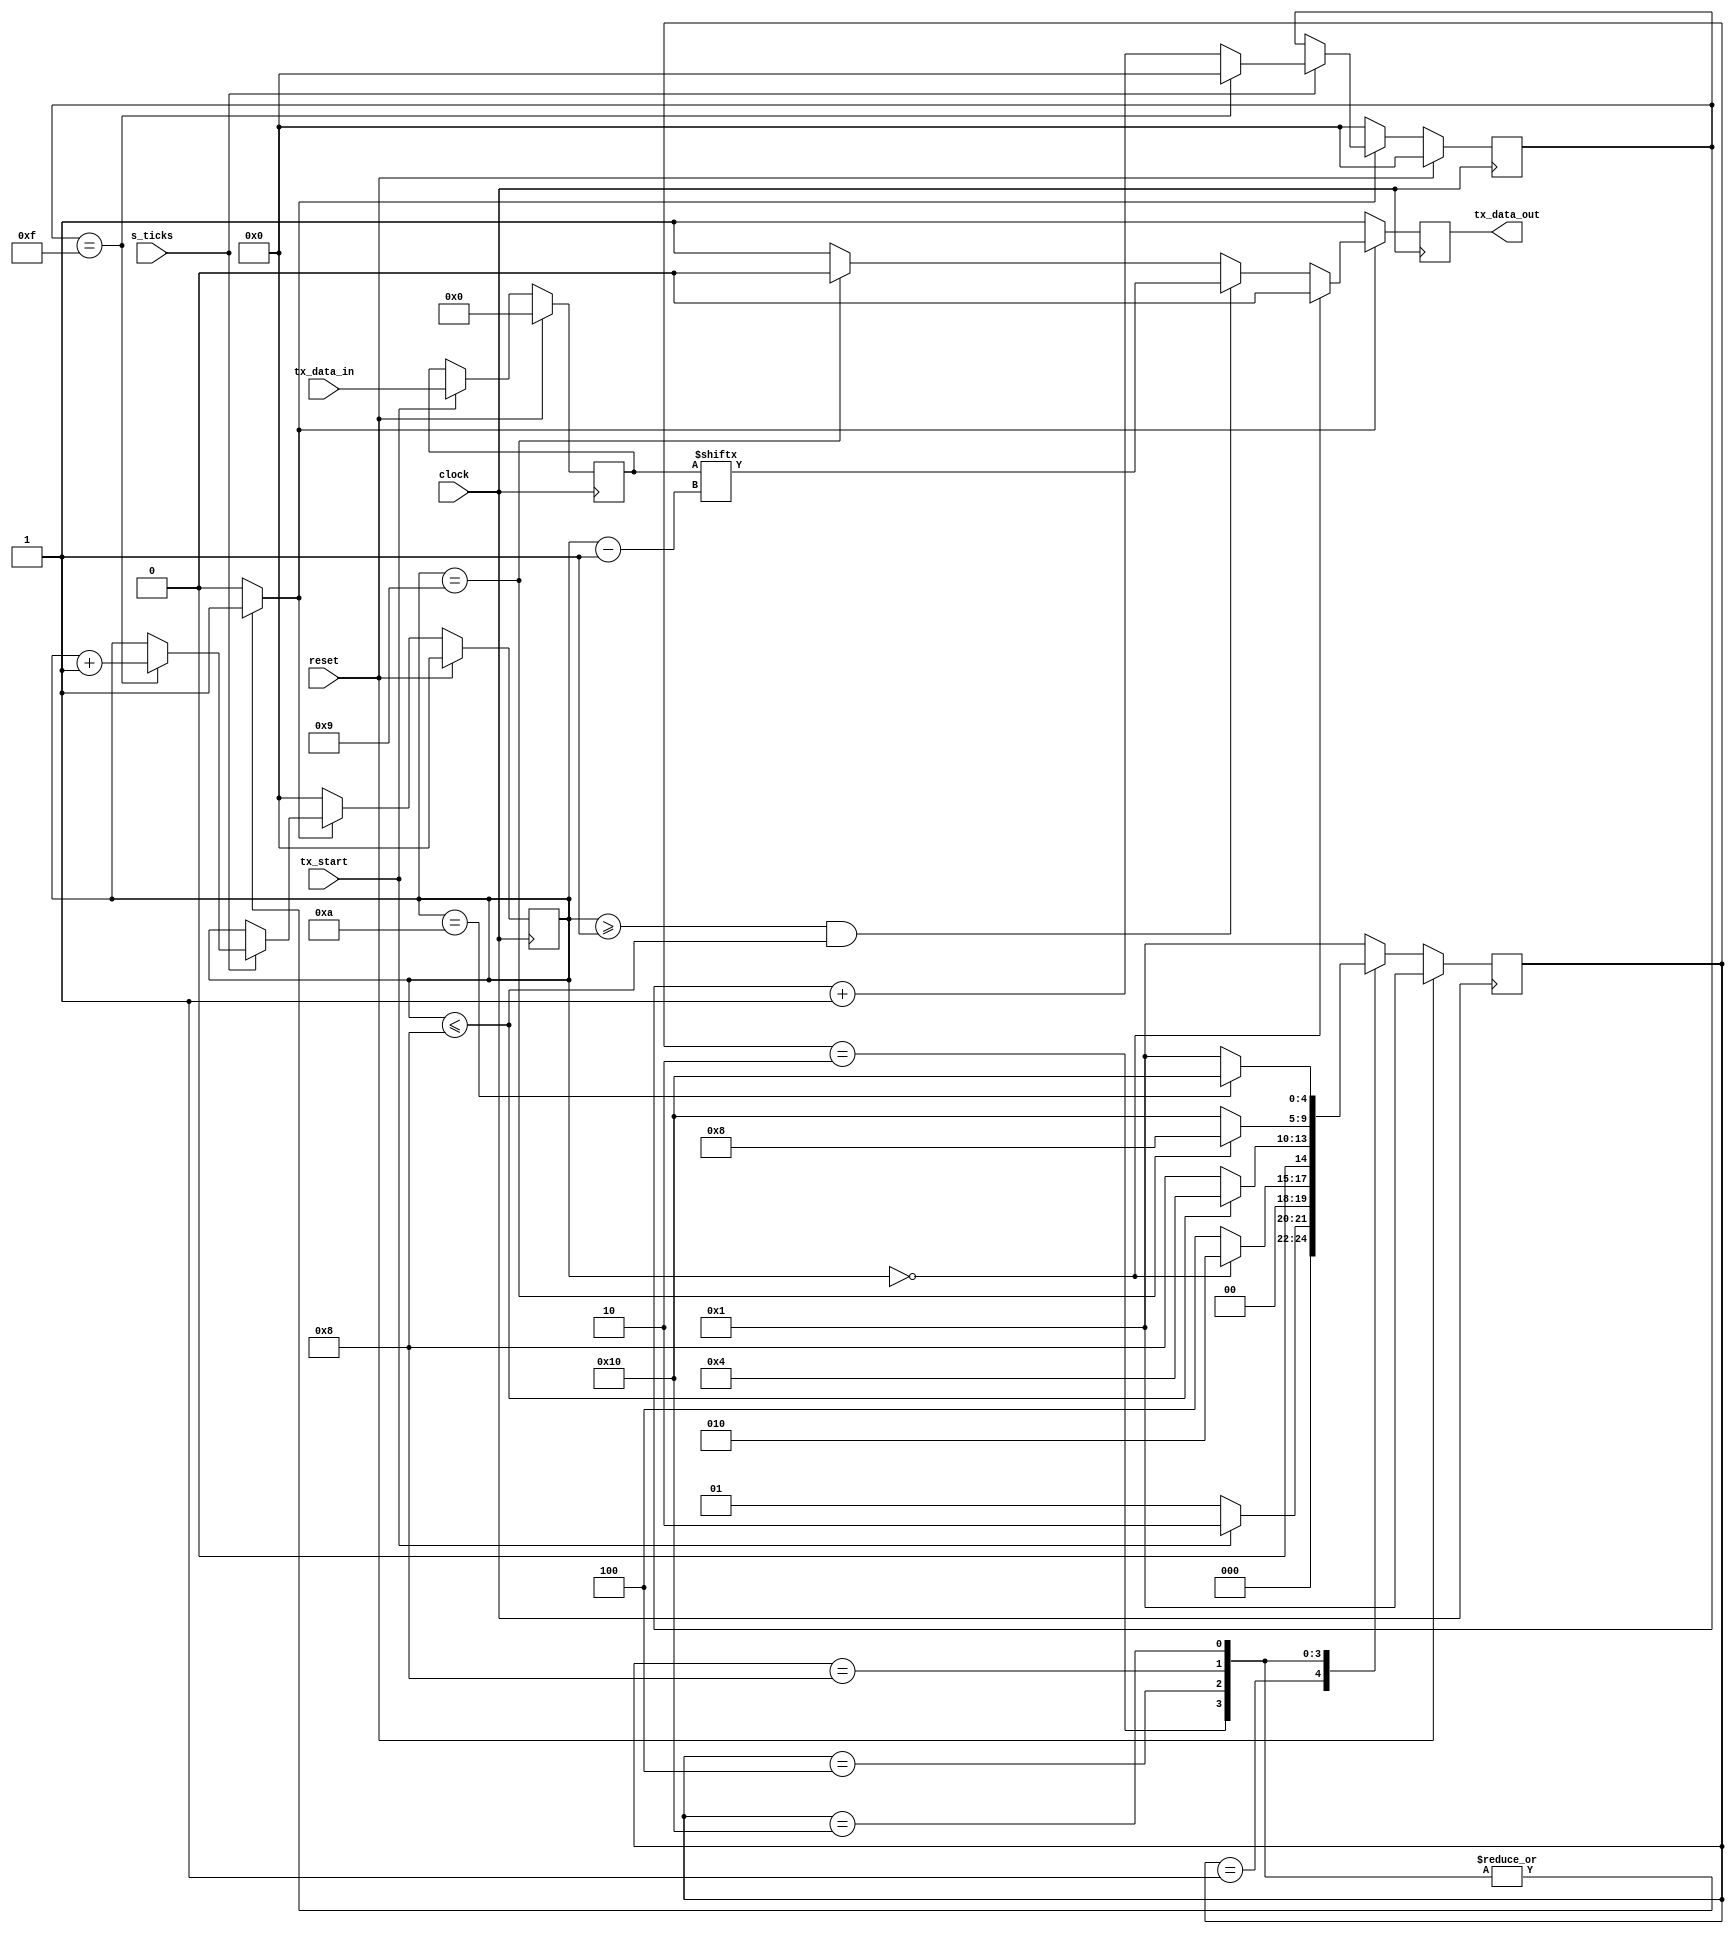
`timescale 10ns / 1ps
module tx
	#(
		parameter N_BITS_DATA  = 8,
		parameter N_CONT_TICKS = 4,
		parameter N_BITS_STATE = 5
	)
	(
		input wire s_ticks,
		input wire tx_start,
		input wire clock,
		input wire reset,
		input wire [N_BITS_DATA-1:0] tx_data_in,
		output wire tx_data_out					
	);
	
	localparam COUNT_READ_DATA = 16;

	localparam BIT_START    = 4'd0;
	localparam BIT_DATA     = 4'd8;
	localparam BIT_PARITY   = 4'd9;
	localparam BIT_STOP     = 4'd10;

	localparam 	[N_BITS_STATE-1:0]          Idle   =  5'b00001;
	localparam 	[N_BITS_STATE-1:0]			Start  =  5'b00010;
	localparam 	[N_BITS_STATE-1:0]			Data   =  5'b00100;
	localparam	[N_BITS_STATE-1:0]			Parity =  5'b01000;
	localparam	[N_BITS_STATE-1:0]			Stop   =  5'b10000;
		
	reg [N_CONT_TICKS-1:0] count_ticks;
	reg [N_CONT_TICKS-1:0] count_bit;
    reg tx_reg_out, tx_flag;
	reg [N_BITS_STATE-1:0] state, next_state;
	reg [N_BITS_DATA-1:0] shift_reg;	


	/* guardado del dato de entrada para enviarlo */
	always @(posedge clock) 
		begin			
			if (reset)
				begin										
					shift_reg <= {N_BITS_DATA{1'b0}};					
				end
			else
				begin				
					if (tx_start)
						shift_reg <= tx_data_in;
					else
						shift_reg <= shift_reg;
				end
		end

	always @(posedge clock) //cambio de estado
		begin		
			if (reset)
				state <= Idle;							
			
			else
				state <= next_state;
		end	

    /* conteo de ticks */
	always @(posedge clock) 
		begin		
			if (reset)
				count_ticks <= {N_CONT_TICKS{1'b0}};
			
			else
				begin
					if (tx_flag)
						begin
							if (s_ticks)
								begin									
									if (count_ticks == (COUNT_READ_DATA-1))
										count_ticks <= {N_CONT_TICKS{1'b0}};
									else
										count_ticks <= count_ticks + {{N_CONT_TICKS-1{1'b0}},1'b1};
								end		

							else
								count_ticks <= count_ticks;
						end
					else
						count_ticks <= {N_CONT_TICKS{1'b0}};
				end			 
		end

	/* Conteo de bits */
	always @(posedge clock) 

		begin	
			if (reset)
				count_bit <= {N_CONT_TICKS{1'b0}};
			
			else
				begin
					if (tx_flag)
						begin
							if (s_ticks)
								begin									
									if (count_ticks == (COUNT_READ_DATA-1))
										count_bit <= count_bit + {{N_CONT_TICKS-1{1'b0}},1'b1};
									
									else
										count_bit <= count_bit;
								end		

							else
								count_bit <= count_bit;		
						end
					else
						count_bit <= {N_CONT_TICKS{1'b0}};	
						
				end			 
		end	

	/* Envio de bits */
	always @(posedge clock)
		
		begin
			if(tx_flag)
				begin
					if (count_bit == BIT_START)
						tx_reg_out <= 1'b0;

					else if (count_bit >= 4'd1 && count_bit <= BIT_DATA)
						tx_reg_out <= shift_reg [count_bit-1];

					else if (count_bit == BIT_PARITY)
						tx_reg_out <= 1'b0;

					else //BIT DE STOP 
						tx_reg_out <= 1'b1;
				end
			else 
				tx_reg_out <= 1'b1;				 
					
		end
			
	always @(*)//logica de cambio de estado
		begin: next_state_logic		
		
			tx_flag = 1'b0;			
			next_state = state;
			
			case (state)
				Idle:
					begin : STATE_IDLE								
						next_state = (~tx_start) ? Idle : Start;
					end
				
				Start:
					begin: STATE_START					
						tx_flag = 1'b1;
						next_state = (count_bit == BIT_START) ? Start : Data; 
					end
				
				Data: 
					begin: STATE_DATA
						tx_flag = 1'b1;
						next_state = (count_bit <= BIT_DATA) ? Data : Parity;
					end			
				
				Parity: 
					begin : STATE_PARITY
						tx_flag = 1'b1;
						next_state = (count_bit == BIT_PARITY) ? Parity : Stop;
					end
				Stop:
					begin: STATE_STOP
						tx_flag = 1'b1;
						next_state = (count_bit == BIT_STOP) ? Stop : Idle;											
					end
				
				default:
					begin
						tx_flag = 1'b0;						
						next_state = Idle;
					end
			endcase
		end

	assign tx_data_out		 = tx_reg_out;	
	
endmodule